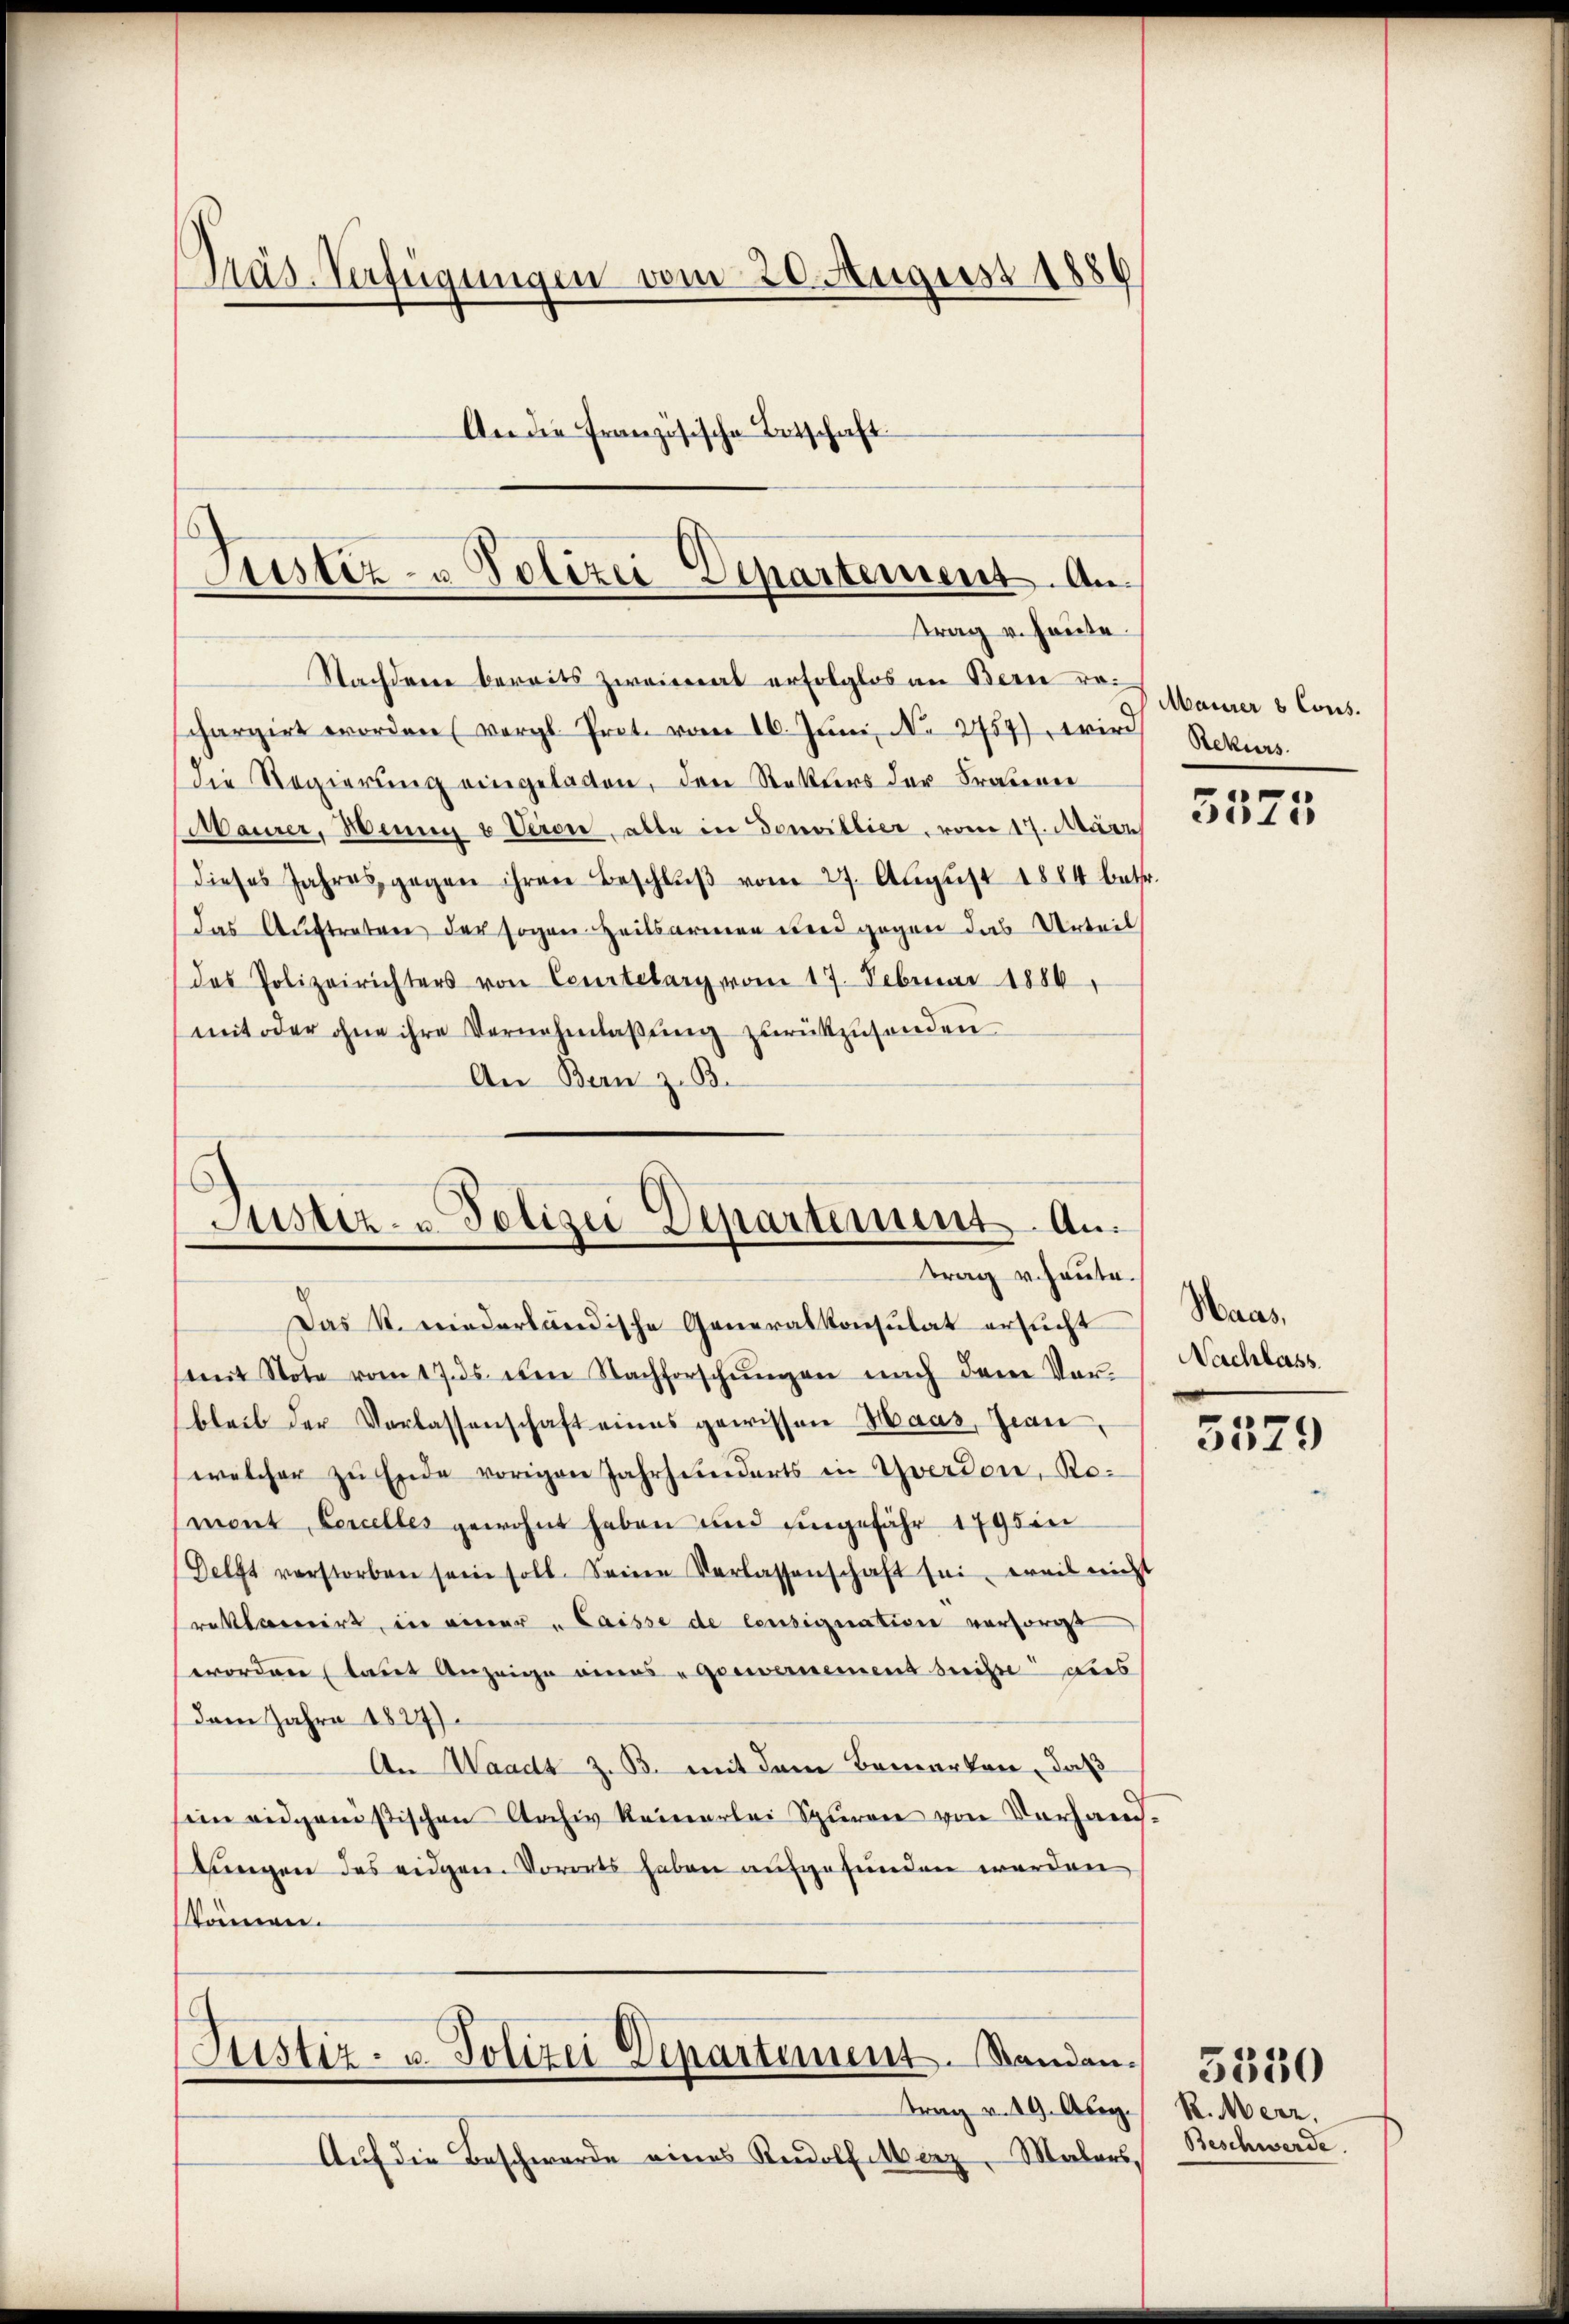
Präs-Verfügungen vom 20. August 1886
An die Französische Betschaf
1

Justiz- & Polizei-Departement. An
trag v. heute.
Nachdem bereits zweimat erfolglos an Bern Maurer & Cons¬

chargirt worden (vergl. Prot. vom 16. Jŭni N. 2759), wir Rekurs
Die Regierung eingelassen, den Retters der Fratener
Maurer, Henne & Verone, alle in Douvillier, vom 17. März
dieses Jahres gegen ihren Beschlŭβ vom 27. Aŭgŭst 1884 betr.
das Auftreten der sogen Heilsarmen und gegen das Urteil
das Polizeirichters von Courtelary vom 17. Februar 1886
mit oder ohne ihre Vernehmlassung zurückzusenden
An Bern z. B.

Justiz- u. Polizei Departement Antrag v. heute.

Das k. niederländische Generalkonsulat ersucht
(mit Note vom 17. ds. den Nachforschŭngen nach dem Ver- Nachlass
bleib der Verlassenschaft eines gewissen Haas, Jeanwelcher zu Ende vorigen Jahrhunderts in Yverdon, Romont, Lercelles gewohnt haben und eingefähr 1795 in
Delft verstorben sein soll. Seine Verlassenschaft sei, weil nicht
reklamirt, in einer „Caisse de censignation versorgt
erordnen (laut Anzeige eines Gewernemend beiste dies
Dem Jahre 1827)
An Waadt z. B. mit dem Bemerken, daß
sein eidgenößischen Archiv keinerlei Spuren von Vorhandtungen des eidgen. Vororts haben aufgefunden werden
können.

Justiz- u. Polizei Departement. Standen.
trag v. 19. Aben

Auf die Beschwerde eines Rudolf Merz, Malers,

3575

Haas,

5579

R. Merz,
Beschwerde.

5350